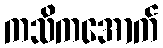
ကသိကအောက်